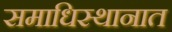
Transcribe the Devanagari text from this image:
समाधिस्थानात